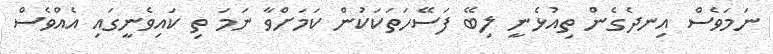
ނަމަވެސް އިނދެގެން ތިއުޅެނީ ލިބޭ ފަސޭހަތަކަކުން ކަމަށްވާ ނަމަ ތި ކައިވެނީގައި އެއްވެސް